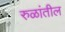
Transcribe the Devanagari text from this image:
रुळांतील